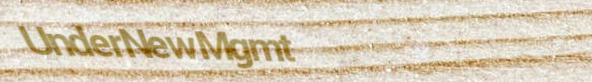
UnderNewMgmt